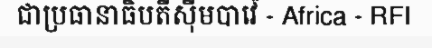
ជាប្រធានាធិបតីស៊ីមបាវ៉េ - Africa - RFI